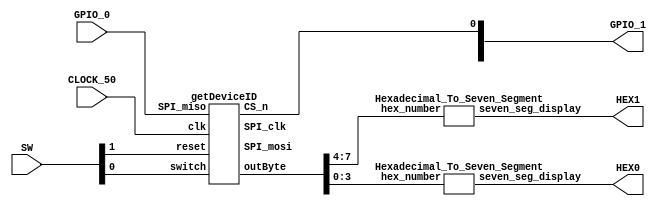
module tester
(
	SW,
   GPIO_0,
	GPIO_1,
	CLOCK_50,
	HEX0,
	HEX1
// put the pins you need for the DE1 Soc
    
);
	input [1:0]SW;
	input [24:24]GPIO_0;
	input CLOCK_50;
	output [24:18]GPIO_1;
	output [6:0]HEX0;
	output [6:0]HEX1;
	
	wire [7:0]outByte;

getDeviceID smth
(
	.switch(SW[0]),
	.clk(CLOCK_50),
	.reset(SW[1]),
	.SPI_miso(GPIO_0[24]),
	.SPI_mosi(GPIO_1[22]),
	.outByte(outByte),
	.SPI_clk(GPIO_1[20]),
	.CS_n(GPIO_1[18])
);
assign GPIO_1[24] = CLOCK_50;

	Hexadecimal_To_Seven_Segment smththre(.hex_number(outByte[3:0]), .seven_seg_display(HEX0));
	Hexadecimal_To_Seven_Segment smthe(.hex_number(outByte[7:4]), .seven_seg_display(HEX1));
endmodule

/******************************************************************************
 *                                                                            *
 * Module:       Hexadecimal_To_Seven_Segment                                 *
 * Description:                                                               *
 *      This module converts hexadecimal numbers for seven segment displays.  *
 *                                                                            *
 ******************************************************************************/

module Hexadecimal_To_Seven_Segment (
	// Inputs
	hex_number,

	// Bidirectional

	// Outputs
	seven_seg_display
);

/*****************************************************************************
 *                           Parameter Declarations                          *
 *****************************************************************************/


/*****************************************************************************
 *                             Port Declarations                             *
 *****************************************************************************/
// Inputs
input		[3:0]	hex_number;

// Bidirectional

// Outputs
output		[6:0]	seven_seg_display;

/*****************************************************************************
 *                 Internal Wires and Registers Declarations                 *
 *****************************************************************************/
// Internal Wires

// Internal Registers

// State Machine Registers

/*****************************************************************************
 *                         Finite State Machine(s)                           *
 *****************************************************************************/


/*****************************************************************************
 *                             Sequential Logic                              *
 *****************************************************************************/


/*****************************************************************************
 *                            Combinational Logic                            *
 *****************************************************************************/

assign seven_seg_display =
		({7{(hex_number == 4'h0)}} & 7'b1000000) |
		({7{(hex_number == 4'h1)}} & 7'b1111001) |
		({7{(hex_number == 4'h2)}} & 7'b0100100) |
		({7{(hex_number == 4'h3)}} & 7'b0110000) |
		({7{(hex_number == 4'h4)}} & 7'b0011001) |
		({7{(hex_number == 4'h5)}} & 7'b0010010) |
		({7{(hex_number == 4'h6)}} & 7'b0000010) |
		({7{(hex_number == 4'h7)}} & 7'b1111000) |
		({7{(hex_number == 4'h8)}} & 7'b0000000) |
		({7{(hex_number == 4'h9)}} & 7'b0010000) |
		({7{(hex_number == 4'hA)}} & 7'b0001000) |
		({7{(hex_number == 4'hB)}} & 7'b0000011) |
		({7{(hex_number == 4'hC)}} & 7'b1000110) |
		({7{(hex_number == 4'hD)}} & 7'b0100001) |
		({7{(hex_number == 4'hE)}} & 7'b0000110) |
		({7{(hex_number == 4'hF)}} & 7'b0001110); 

/*****************************************************************************
 *                              Internal Modules                             *
 *****************************************************************************/


endmodule

module getDeviceID
(
    input               switch,
    input               clk,
    input               reset,
    input               SPI_miso,
    output              SPI_mosi,
    output reg [7:0]    outByte,
    output              SPI_clk,
    output              CS_n);

    reg [1:0] num_byte_read;
    wire byte_to_read_rdy;
    wire [7:0] byte_to_read;
    wire [1:0]number_bytes_read;
   

    wire [7:0] readCmd;
	  assign readCmd = 8'b00001011;
    wire [7:0] DEVID_AD;
	  assign DEVID_AD = 8'b00000000;


    reg [7:0] byte_to_send;
    reg byte_to_send_rdy;
    wire ready_for_next;

    
    
    
    SPI_Master_With_Single_CS 
        #(.SPI_MODE(0),
        .CLKS_PER_HALF_BIT(2),
        .MAX_BYTES_PER_CS(3),
        .CS_INACTIVE_CLKS(2))
        // set parameters based on experimentation.

        SPIBUS(
        .i_Rst_L(reset),
        .i_Clk(clk),

        .i_TX_Count(num_byte_read),
        .i_TX_Byte(byte_to_send),
        .i_TX_DV(byte_to_send_rdy),
        .o_TX_Ready(ready_for_next),

        .o_RX_Count(number_bytes_read),
        .o_RX_DV(byte_to_read_rdy),
        .o_RX_Byte(byte_to_read),

        .o_SPI_Clk(SPI_clk),
        .i_SPI_MISO(SPI_miso),
        .o_SPI_MOSI(SPI_mosi),
        .o_SPI_CS_n(CS_n)
    );

    localparam IDLE         = 3'b000;
    localparam STGONE       = 3'b001;
    localparam CMDSEND      = 3'b010;
    localparam WTSTATEONE   = 3'b011;
    localparam ADRSEND      = 3'b100;
    localparam WTSTATETWO   = 3'b111;
    localparam READDATA     = 3'b101;
    reg [2:0] currentState;

    always @(posedge clk or negedge reset)
    begin
        if (~reset) begin

        currentState <= IDLE;
        end
        else begin
        case (currentState)
        IDLE:
            begin
                if(switch) begin
                byte_to_send_rdy <= 1'b1;
                num_byte_read    <= 2'b11;
                byte_to_send     <= readCmd;
                currentState <= CMDSEND;
                end
                else
                currentState <= IDLE;
            end
        CMDSEND:
            begin
                byte_to_send_rdy <= 1'b0;
                
                currentState <= WTSTATEONE;
            end
        WTSTATEONE:
            begin
                if(~ready_for_next)
                currentState <= WTSTATEONE;
                else
                currentState <= ADRSEND;
            end
        ADRSEND:
            begin 
                byte_to_send        <= DEVID_AD;
                byte_to_send_rdy    <= 1'b1;
                currentState           <= READDATA;
            end
        READDATA:
            begin 
                byte_to_send_rdy <= 1'b0;
                if(~byte_to_read_rdy)
                currentState <= READDATA;

                else begin
                outByte <= byte_to_read;
                currentState <= WTSTATETWO;
                end
            end
        WTSTATETWO:
            begin 
                if(ready_for_next)
                currentState <= IDLE;
                else
                currentState <= WTSTATETWO;
            end 
        endcase
        end
        

        
    end


endmodule



///////////////////////////////////////////////////////////////////////////////
// Description: SPI (Serial Peripheral Interface) Master
//              With single chip-select (AKA Slave Select) capability
//
//              Supports arbitrary length byte transfers.
// 
//              Instantiates a SPI Master and adds single CS.
//              If multiple CS signals are needed, will need to use different
//              module, OR multiplex the CS from this at a higher level.
//
// Note:        i_Clk must be at least 2x faster than i_SPI_Clk
//
// Parameters:  SPI_MODE, can be 0, 1, 2, or 3.  See above.
//              Can be configured in one of 4 modes:
//              Mode | Clock Polarity (CPOL/CKP) | Clock Phase (CPHA)
//               0   |             0             |        0
//               1   |             0             |        1
//               2   |             1             |        0
//               3   |             1             |        1
//
//              CLKS_PER_HALF_BIT - Sets frequency of o_SPI_Clk.  o_SPI_Clk is
//              derived from i_Clk.  Set to integer number of clocks for each
//              half-bit of SPI data.  E.g. 100 MHz i_Clk, CLKS_PER_HALF_BIT = 2
//              would create o_SPI_CLK of 25 MHz.  Must be >= 2
//
//              MAX_BYTES_PER_CS - Set to the maximum number of bytes that
//              will be sent during a single CS-low pulse.
// 
//              CS_INACTIVE_CLKS - Sets the amount of time in clock cycles to
//              hold the state of Chip-Selct high (inactive) before next 
//              command is allowed on the line.  Useful if chip requires some
//              time when CS is high between trasnfers.
///////////////////////////////////////////////////////////////////////////////

module SPI_Master_With_Single_CS
  #(parameter SPI_MODE = 0,
    parameter CLKS_PER_HALF_BIT = 2,
    parameter MAX_BYTES_PER_CS = 2,
    parameter CS_INACTIVE_CLKS = 1)
  (
   // Control/Data Signals,
   input        i_Rst_L,     // FPGA Reset
   input        i_Clk,       // FPGA Clock
   
   // TX (MOSI) Signals
   input [$clog2(MAX_BYTES_PER_CS+1)-1:0] i_TX_Count,  // # bytes per CS low
   input [7:0]  i_TX_Byte,       // Byte to transmit on MOSI
   input        i_TX_DV,         // Data Valid Pulse with i_TX_Byte
   output       o_TX_Ready,      // Transmit Ready for next byte
   
   // RX (MISO) Signals
   output reg [$clog2(MAX_BYTES_PER_CS+1)-1:0] o_RX_Count,  // Index RX byte
   output       o_RX_DV,     // Data Valid pulse (1 clock cycle)
   output [7:0] o_RX_Byte,   // Byte received on MISO

   // SPI Interface
   output o_SPI_Clk,
   input  i_SPI_MISO,
   output o_SPI_MOSI,
   output o_SPI_CS_n
   );

  localparam IDLE        = 2'b00;
  localparam TRANSFER    = 2'b01;
  localparam CS_INACTIVE = 2'b10;

  reg [1:0] r_SM_CS;
  reg r_CS_n;
  reg [$clog2(CS_INACTIVE_CLKS)-1:0] r_CS_Inactive_Count;
  reg [$clog2(MAX_BYTES_PER_CS+1)-1:0] r_TX_Count;
  wire w_Master_Ready;

  // Instantiate Master
  SPI_Master 
    #(.SPI_MODE(SPI_MODE),
      .CLKS_PER_HALF_BIT(CLKS_PER_HALF_BIT)
      ) SPI_Master_Inst
   (
   // Control/Data Signals,
   .i_Rst_L(i_Rst_L),     // FPGA Reset
   .i_Clk(i_Clk),         // FPGA Clock
   
   // TX (MOSI) Signals
   .i_TX_Byte(i_TX_Byte),         // Byte to transmit
   .i_TX_DV(i_TX_DV),             // Data Valid Pulse 
   .o_TX_Ready(w_Master_Ready),   // Transmit Ready for Byte
   
   // RX (MISO) Signals
   .o_RX_DV(o_RX_DV),       // Data Valid pulse (1 clock cycle)
   .o_RX_Byte(o_RX_Byte),   // Byte received on MISO

   // SPI Interface
   .o_SPI_Clk(o_SPI_Clk),
   .i_SPI_MISO(i_SPI_MISO),
   .o_SPI_MOSI(o_SPI_MOSI)
   );


  // Purpose: Control CS line using State Machine
  always @(posedge i_Clk or negedge i_Rst_L)
  begin
    if (~i_Rst_L)
    begin
      r_SM_CS <= IDLE;
      r_CS_n  <= 1'b1;   // Resets to high
      r_TX_Count <= 0;
      r_CS_Inactive_Count <= CS_INACTIVE_CLKS;
    end
    else
    begin

      case (r_SM_CS)      
      IDLE:
        begin
          if (r_CS_n & i_TX_DV) // Start of transmission
          begin
            r_TX_Count <= i_TX_Count - 1'b1; // Register TX Count
            r_CS_n     <= 1'b0;       // Drive CS low
            r_SM_CS    <= TRANSFER;   // Transfer bytes
          end
        end

      TRANSFER:
        begin
          // Wait until SPI is done transferring do next thing
          if (w_Master_Ready)
          begin
            if (r_TX_Count > 0)
            begin
              if (i_TX_DV)
              begin
                r_TX_Count <= r_TX_Count - 1'b1;
              end
            end
            else
            begin
              r_CS_n  <= 1'b1; // we done, so set CS high
              r_CS_Inactive_Count <= CS_INACTIVE_CLKS;
              r_SM_CS             <= CS_INACTIVE;
            end // else: !if(r_TX_Count > 0)
          end // if (w_Master_Ready)
        end // case: TRANSFER

      CS_INACTIVE:
        begin
          if (r_CS_Inactive_Count > 0)
          begin
            r_CS_Inactive_Count <= r_CS_Inactive_Count - 1'b1;
          end
          else
          begin
            r_SM_CS <= IDLE;
          end
        end

      default:
        begin
          r_CS_n  <= 1'b1; // we done, so set CS high
          r_SM_CS <= IDLE;
        end
      endcase // case (r_SM_CS)
    end
  end // always @ (posedge i_Clk or negedge i_Rst_L)


  // Purpose: Keep track of RX_Count
  always @(posedge i_Clk)
  begin
    begin
      if (r_CS_n)
      begin
        o_RX_Count <= 0;
      end
      else if (o_RX_DV)
      begin
        o_RX_Count <= o_RX_Count + 1'b1;
      end
    end
  end

  assign o_SPI_CS_n = r_CS_n;

  assign o_TX_Ready  = ((r_SM_CS == IDLE) | (r_SM_CS == TRANSFER && w_Master_Ready == 1'b1 && r_TX_Count > 0)) & ~i_TX_DV;

endmodule // SPI_Master_With_Single_CS

///////////////////////////////////////////////////////////////////////////////
// Description: SPI (Serial Peripheral Interface) Master
//              Creates master based on input configuration.
//              Sends a byte one bit at a time on MOSI
//              Will also receive byte data one bit at a time on MISO.
//              Any data on input byte will be shipped out on MOSI.
//
//              To kick-off transaction, user must pulse i_TX_DV.
//              This module supports multi-byte transmissions by pulsing
//              i_TX_DV and loading up i_TX_Byte when o_TX_Ready is high.
//
//              This module is only responsible for controlling Clk, MOSI, 
//              and MISO.  If the SPI peripheral requires a chip-select, 
//              this must be done at a higher level.
//
// Note:        i_Clk must be at least 2x faster than i_SPI_Clk
//
// Parameters:  SPI_MODE, can be 0, 1, 2, or 3.  See above.
//              Can be configured in one of 4 modes:
//              Mode | Clock Polarity (CPOL/CKP) | Clock Phase (CPHA)
//               0   |             0             |        0
//               1   |             0             |        1
//               2   |             1             |        0
//               3   |             1             |        1
//              More: https://en.wikipedia.org/wiki/Serial_Peripheral_Interface_Bus#Mode_numbers
//              CLKS_PER_HALF_BIT - Sets frequency of o_SPI_Clk.  o_SPI_Clk is
//              derived from i_Clk.  Set to integer number of clocks for each
//              half-bit of SPI data.  E.g. 100 MHz i_Clk, CLKS_PER_HALF_BIT = 2
//              would create o_SPI_CLK of 25 MHz.  Must be >= 2
//
///////////////////////////////////////////////////////////////////////////////

module SPI_Master
  #(parameter SPI_MODE = 0,
    parameter CLKS_PER_HALF_BIT = 2)
  (
   // Control/Data Signals,
   input        i_Rst_L,     // FPGA Reset
   input        i_Clk,       // FPGA Clock
   
   // TX (MOSI) Signals
   input [7:0]  i_TX_Byte,        // Byte to transmit on MOSI
   input        i_TX_DV,          // Data Valid Pulse with i_TX_Byte
   output reg   o_TX_Ready,       // Transmit Ready for next byte
   
   // RX (MISO) Signals
   output reg       o_RX_DV,     // Data Valid pulse (1 clock cycle)
   output reg [7:0] o_RX_Byte,   // Byte received on MISO

   // SPI Interface
   output reg o_SPI_Clk,
   input      i_SPI_MISO,
   output reg o_SPI_MOSI
   );

  // SPI Interface (All Runs at SPI Clock Domain)
  wire w_CPOL;     // Clock polarity
  wire w_CPHA;     // Clock phase

  reg [$clog2(CLKS_PER_HALF_BIT*2)-1:0] r_SPI_Clk_Count;
  reg r_SPI_Clk;
  reg [4:0] r_SPI_Clk_Edges;
  reg r_Leading_Edge;
  reg r_Trailing_Edge;
  reg       r_TX_DV;
  reg [7:0] r_TX_Byte;

  reg [2:0] r_RX_Bit_Count;
  reg [2:0] r_TX_Bit_Count;

  // CPOL: Clock Polarity
  // CPOL=0 means clock idles at 0, leading edge is rising edge.
  // CPOL=1 means clock idles at 1, leading edge is falling edge.
  assign w_CPOL  = (SPI_MODE == 2) | (SPI_MODE == 3);

  // CPHA: Clock Phase
  // CPHA=0 means the "out" side changes the data on trailing edge of clock
  //              the "in" side captures data on leading edge of clock
  // CPHA=1 means the "out" side changes the data on leading edge of clock
  //              the "in" side captures data on the trailing edge of clock
  assign w_CPHA  = (SPI_MODE == 1) | (SPI_MODE == 3);



  // Purpose: Generate SPI Clock correct number of times when DV pulse comes
  always @(posedge i_Clk or negedge i_Rst_L)
  begin
    if (~i_Rst_L)
    begin
      o_TX_Ready      <= 1'b0;
      r_SPI_Clk_Edges <= 0;
      r_Leading_Edge  <= 1'b0;
      r_Trailing_Edge <= 1'b0;
      r_SPI_Clk       <= w_CPOL; // assign default state to idle state
      r_SPI_Clk_Count <= 0;
    end
    else
    begin

      // Default assignments
      r_Leading_Edge  <= 1'b0;
      r_Trailing_Edge <= 1'b0;
      
      if (i_TX_DV)
      begin
        o_TX_Ready      <= 1'b0;
        r_SPI_Clk_Edges <= 16;  // Total # edges in one byte ALWAYS 16
      end
      else if (r_SPI_Clk_Edges > 0)
      begin
        o_TX_Ready <= 1'b0;
        
        if (r_SPI_Clk_Count == CLKS_PER_HALF_BIT*2-1)
        begin
          r_SPI_Clk_Edges <= r_SPI_Clk_Edges - 1'b1;
          r_Trailing_Edge <= 1'b1;
          r_SPI_Clk_Count <= 0;
          r_SPI_Clk       <= ~r_SPI_Clk;
        end
        else if (r_SPI_Clk_Count == CLKS_PER_HALF_BIT-1)
        begin
          r_SPI_Clk_Edges <= r_SPI_Clk_Edges - 1'b1;
          r_Leading_Edge  <= 1'b1;
          r_SPI_Clk_Count <= r_SPI_Clk_Count + 1'b1;
          r_SPI_Clk       <= ~r_SPI_Clk;
        end
        else
        begin
          r_SPI_Clk_Count <= r_SPI_Clk_Count + 1'b1;
        end
      end  
      else
      begin
        o_TX_Ready <= 1'b1;
      end
      
      
    end // else: !if(~i_Rst_L)
  end // always @ (posedge i_Clk or negedge i_Rst_L)


  // Purpose: Register i_TX_Byte when Data Valid is pulsed.
  // Keeps local storage of byte in case higher level module changes the data
  always @(posedge i_Clk or negedge i_Rst_L)
  begin
    if (~i_Rst_L)
    begin
      r_TX_Byte <= 8'h00;
      r_TX_DV   <= 1'b0;
    end
    else
      begin
        r_TX_DV <= i_TX_DV; // 1 clock cycle delay
        if (i_TX_DV)
        begin
          r_TX_Byte <= i_TX_Byte;
        end
      end // else: !if(~i_Rst_L)
  end // always @ (posedge i_Clk or negedge i_Rst_L)


  // Purpose: Generate MOSI data
  // Works with both CPHA=0 and CPHA=1
  always @(posedge i_Clk or negedge i_Rst_L)
  begin
    if (~i_Rst_L)
    begin
      o_SPI_MOSI     <= 1'b0;
      r_TX_Bit_Count <= 3'b111; // send MSb first
    end
    else
    begin
      // If ready is high, reset bit counts to default
      if (o_TX_Ready)
      begin
        r_TX_Bit_Count <= 3'b111;
      end
      // Catch the case where we start transaction and CPHA = 0
      else if (r_TX_DV & ~w_CPHA)
      begin
        o_SPI_MOSI     <= r_TX_Byte[3'b111];
        r_TX_Bit_Count <= 3'b110;
      end
      else if ((r_Leading_Edge & w_CPHA) | (r_Trailing_Edge & ~w_CPHA))
      begin
        r_TX_Bit_Count <= r_TX_Bit_Count - 1'b1;
        o_SPI_MOSI     <= r_TX_Byte[r_TX_Bit_Count];
      end
    end
  end


  // Purpose: Read in MISO data.
  always @(posedge i_Clk or negedge i_Rst_L)
  begin
    if (~i_Rst_L)
    begin
      o_RX_Byte      <= 8'h00;
      o_RX_DV        <= 1'b0;
      r_RX_Bit_Count <= 3'b111;
    end
    else
    begin

      // Default Assignments
      o_RX_DV   <= 1'b0;

      if (o_TX_Ready) // Check if ready is high, if so reset bit count to default
      begin
        r_RX_Bit_Count <= 3'b111;
      end
      else if ((r_Leading_Edge & ~w_CPHA) | (r_Trailing_Edge & w_CPHA))
      begin
        o_RX_Byte[r_RX_Bit_Count] <= i_SPI_MISO;  // Sample data
        r_RX_Bit_Count            <= r_RX_Bit_Count - 1'b1;
        if (r_RX_Bit_Count == 3'b000)
        begin
          o_RX_DV   <= 1'b1;   // Byte done, pulse Data Valid
        end
      end
    end
  end
  
  
  // Purpose: Add clock delay to signals for alignment.
  always @(posedge i_Clk or negedge i_Rst_L)
  begin
    if (~i_Rst_L)
    begin
      o_SPI_Clk  <= w_CPOL;
    end
    else
      begin
        o_SPI_Clk <= r_SPI_Clk;
      end // else: !if(~i_Rst_L)
  end // always @ (posedge i_Clk or negedge i_Rst_L)
  

endmodule // SPI_Master